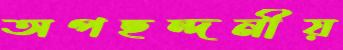
অপছন্দনীয়